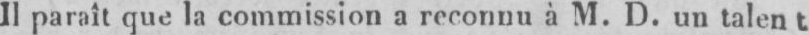
Il paraît que la commission a reconnu à M. D. un talent